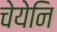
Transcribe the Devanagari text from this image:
चेयेनि